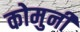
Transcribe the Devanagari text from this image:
कोमुनी